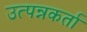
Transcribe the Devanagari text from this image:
उत्पन्नकर्ता